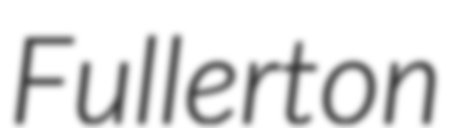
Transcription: Fullerton